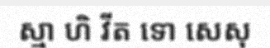
ស្មា ហិ វីត ទោ សេសុ